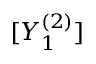
[ Y _ { 1 } ^ { ( 2 ) } ]